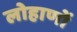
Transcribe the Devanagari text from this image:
लोहाणों